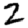
Digit: 2